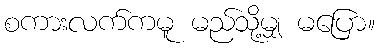
စကားလက်ကမူ မည်သို့မျှ မပြော။